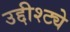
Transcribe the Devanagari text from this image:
उद्दीश्ट्ये